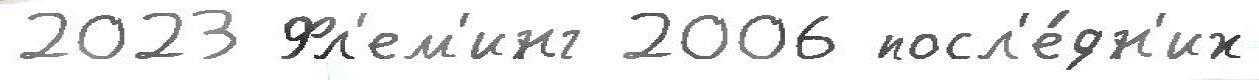
2023 Фл'ем'инг 2006 посл'е́дн'их